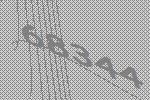
68344